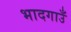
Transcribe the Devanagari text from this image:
भादगाउँ